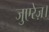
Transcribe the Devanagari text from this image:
जुएरेज़।